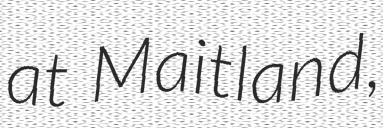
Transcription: at Maitland,